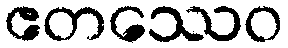
ဧတဿေဝ